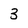
Character: 3